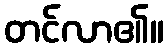
တင်လာ၏။